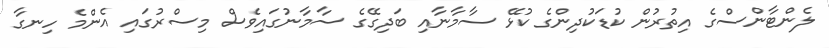
ލެންޓާންސްގެ އިތުރުން ކުޑަކުދިންގެ ކުޅޭ ސާމާނާއި ބަދިގޭގެ ސާމާނުގައިވެސް މިސްރުގައި އެންމެ ހިނގާ